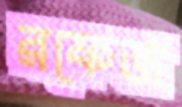
রফেজ